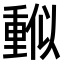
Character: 𠏳